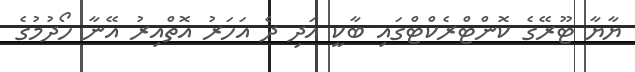
ޔާޔާ ޓޫރޭގެ ކޮންޓްރެކްޓްގައި ބާކީ އަދި ދެ އަހަރު އޮތްއިރު އޭނާ ހޯދުމުގެ